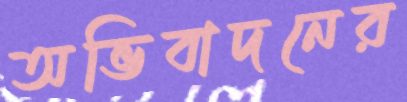
অভিবাদনের